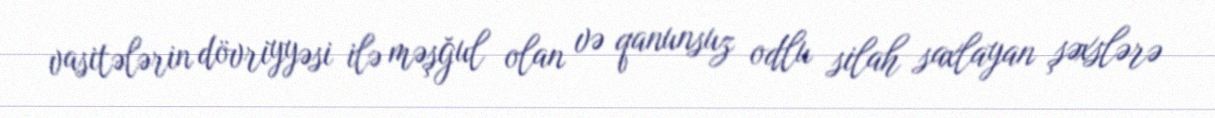
vasitələrin dövriyyəsi ilə məşğul olan və qanunsuz odlu silah saxlayan şəxslərə